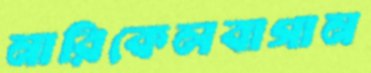
নারিকেলবাগান